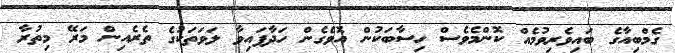
ގެމްބިއާގެ ބައިވެރިވުމެއް ކޮންމެވެސް ހިސާބަކުން އޮވެގެން ހަދާފައިވާ ލަވަތަކުގެ ތެރެއިން މަރޭ މިތުރާ